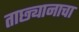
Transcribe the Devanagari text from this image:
ताछ्यानाचा